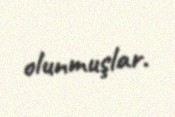
olunmuşlar.